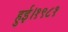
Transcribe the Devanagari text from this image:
हुई।१९८१